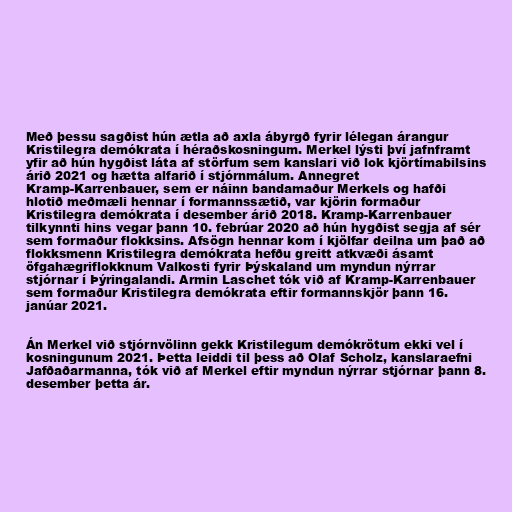
Með þessu sagðist hún ætla að axla ábyrgð fyrir lélegan árangur
Kristilegra demókrata í héraðskosningum. Merkel lýsti því jafnframt
yfir að hún hygðist láta af störfum sem kanslari við lok kjörtímabilsins
árið 2021 og hætta alfarið í stjórnmálum. Annegret
Kramp-Karrenbauer, sem er náinn bandamaður Merkels og hafði
hlotið meðmæli hennar í formannssætið, var kjörin formaður
Kristilegra demókrata í desember árið 2018. Kramp-Karrenbauer
tilkynnti hins vegar þann 10. febrúar 2020 að hún hygðist segja af sér
sem formaður flokksins. Afsögn hennar kom í kjölfar deilna um það að
flokksmenn Kristilegra demókrata hefðu greitt atkvæði ásamt
öfgahægriflokknum Valkosti fyrir Þýskaland um myndun nýrrar
stjórnar í Þýringalandi. Armin Laschet tók við af Kramp-Karrenbauer
sem formaður Kristilegra demókrata eftir formannskjör þann 16.
janúar 2021.

Án Merkel við stjórnvölinn gekk Kristilegum demókrötum ekki vel í
kosningunum 2021. Þetta leiddi til þess að Olaf Scholz, kanslaraefni
Jafðaðarmanna, tók við af Merkel eftir myndun nýrrar stjórnar þann 8.
desember þetta ár.